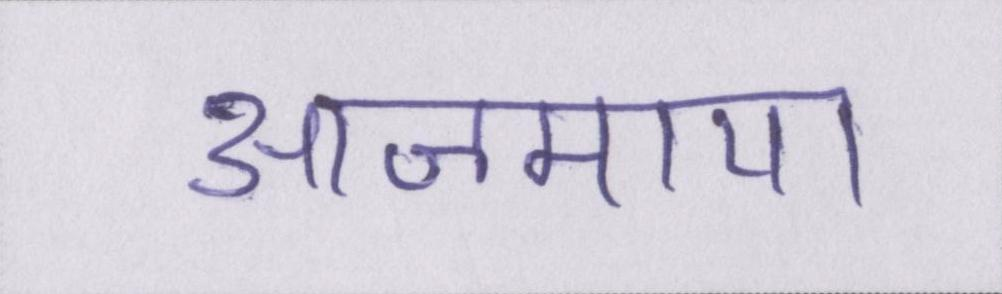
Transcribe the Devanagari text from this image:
आजमाया